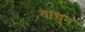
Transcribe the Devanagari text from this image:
वाचुन